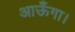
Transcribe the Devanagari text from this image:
आऊँगा।